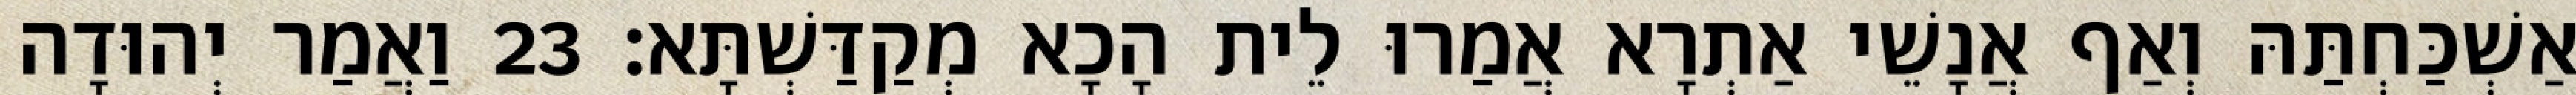
אַשְׁכַּחְתַּהּ וְאַף אֲנָשֵׁי אַתְרָא אֲמַרוּ לֵית הָכָא מְקַדַּשְׁתָּא׃ 23 וַאֲמַר יְהוּדָה